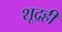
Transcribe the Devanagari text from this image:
शूद्रही